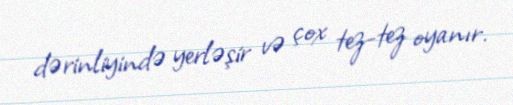
dərinliyində yerləşir və çox tez-tez oyanır.